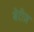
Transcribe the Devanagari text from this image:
बेरीज़